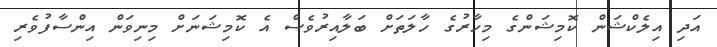
އަދި އިލެކްޝަން ކޮމިޝަންގެ މިހާރުގެ ހާލަތަށް ބަލާއިރުވެސް އެ ކޮމިޝަނަށް މިނިވަން އިންސާފުވެރި